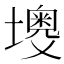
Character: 𡒠